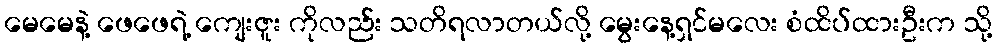
မေမေနဲ့ ဖေဖေရဲ့ ကျေးဇူး ကိုလည်း သတိရလာတယ်လို့ မွေးနေ့ရှင်မလေး စံထိပ်ထားဦးက သို့